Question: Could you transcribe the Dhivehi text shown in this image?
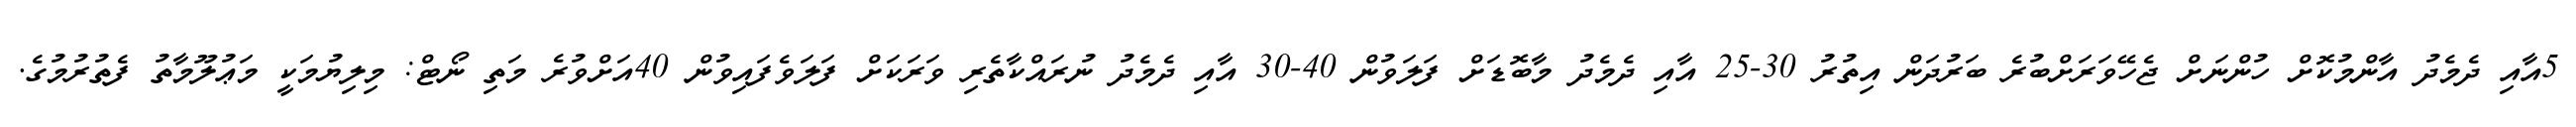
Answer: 5އާއި ދެމެދު އާންމުކޮށް ހުންނަށް ޖެހޭވަރަށްބުރެ ބަރުދަން އިތުރު 30-25 އާއި ދެމެދު މާބޮޑަށް ފަލަވުން 40-30 އާއި ދެމެދު ނުރައްކާތެރި ވަރަކަށް ފަލަވެފައިވުން 40އަށްވުރެ މަތި ނޯޓް: މިލިޔުމަކީ މަޢުލޫމާތު ފެތުރުމުގެ.